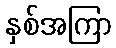
နှစ်အကြာ